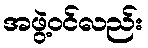
အဖွဲ့ဝင်လည်း